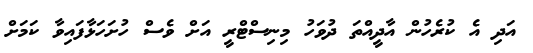
އަދި އެ ކުރެހުން އާދީއްތަ ދުވަހު މިނިސްޓްރީ އަށް ވެސް ހުށަހަޅާފައިވާ ކަމަށް